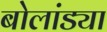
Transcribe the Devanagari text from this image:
बोलांड्या